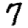
Digit: 7